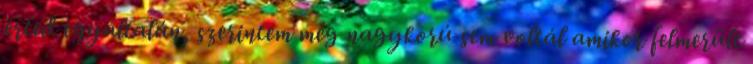
érted egyáltalán, szerintem még nagykorú sem voltál amikor felmerült